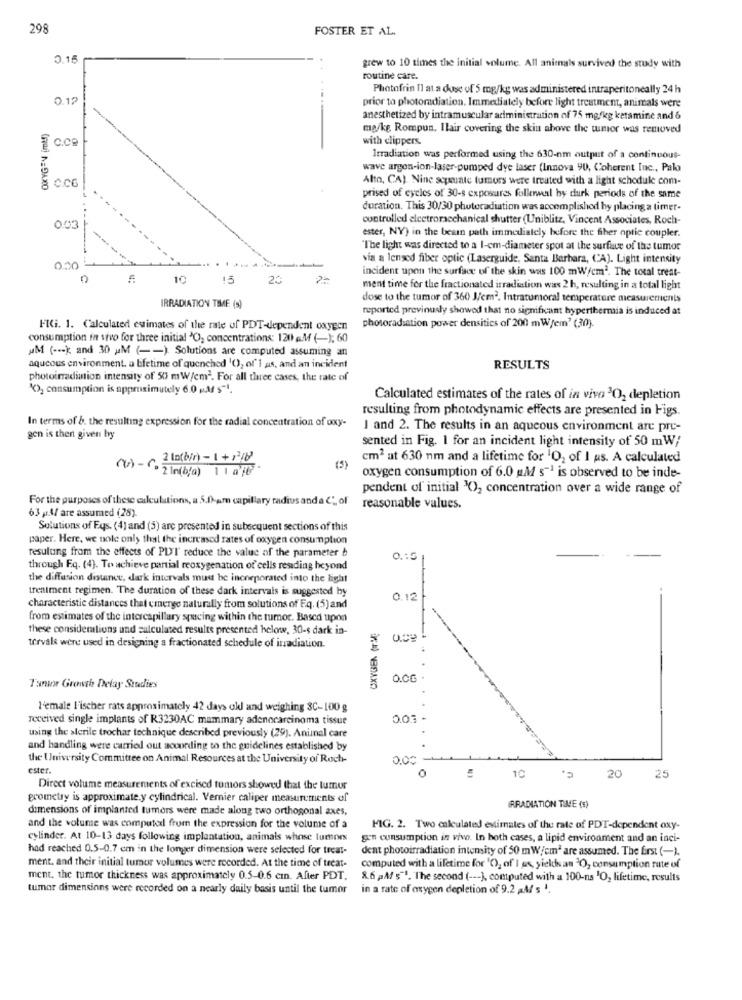
29
FOSTER ET AL.
0.15
grew to 10 times the initial volume. All animals survived the study with
routine care.
Photofrin Il at a dose of 5 mg/kg was administered intraperitoneally 24 h
0.12
prior to photoradiation. Immediately before light treatment, animals were
anesthetized by intramuscular administration of 75 mg/kg ketamine and &
mg/kg Rompun. Ilair covering the skin above the wmor was removed
with clippers.
Irradiation was performed using the 630-nm output of a continuous-
wave argon-ion-laser-pumped dye laser (Innova 90, Coherent Inc ., Palo
Alto, CA). Nine scpuate tumors were treated with a light schedule com-
(NO NEDAXO
prised of cycles of 30-s exposures follenweil by durk periods of the same
duration. This 30/30 photoradiation was accomplished by placing a timer-
controlled elcetromechanical shutter (Uniblitz, Vincent Associates, Roch-
0.03
ester, NY) in the beam path immediately before the fiber optic coupler.
"The light was directed to a I-em-diameter spot at the surface of the tumor
via a lensod fiber optic (Laserguide, Santa Barbara, CA). Light intensity
0.30
incident upon the surface of the skin was 100 mW/cm2. The total treat-
10
15
20
ment time for the fractionated irradiation was 2 h, resulting in a total light
IRRADIATION TIME (s)
dose to the tumor of 360 J/cm2. Intratumoral temperature measurements
reported previously showed that no significant hyperthermia is induced at
FUGi. 1. Calculated estimates of the rate of PDT-dependent oxygen
photoradiation power densities of 200 mW/em' (30).
consumption in stvo for three initial 'O, concentrations: 120 aM (-); 60
MM ( --- k and 30 M ( -- ) Solutions are computed assuming an
aqueous environment. a lifetime of quenched '0), of'I as, and an incident
RESULTS
photoirradiation intensity of 50 mW/cm2. For all three cases, the rate of
K), consumption is approximately 6.0 M $" !.
Calculated estimates of the rates of in vivo 3O2 depletion
resulting from photodynamic effects are presented in Figs.
In terms of b. the resulting expression for the radial concentration of oxy-
I and 2. The results in an aqueous environment are pre-
gen is then given by
sented in Fig. 1 for an incident light intensity of 50 mW;
nos-c. 2 10(b/n)-1+16
cm2 at 630 nm and a lifetime for 'O2 of I as. A calculated
· 2 In(b/a) 1 1 a /b
(5)
oxygen consumption of 6.0 gM s"1 is observed to be inde-
pendent of initial 3O), concentration over a wide range of
For the purposes of these calculations, a 5.0-am capillary radius and a C_ of
63 şıA/ are assumed (28)
reasonable values.
Solutions of Eqs. (4) and (5) are presented in subsequent sections of this
paper. Here, we nole only thel the increased rates of oxygen consumption
resulung from the effects of PDFI reduce the value of the parameter b
0.15
through Fq. (4). To achieve partial reoxygenation of cells residing beyond
the diffusion disuince, dark intervals must be incorporated into the light
treniment regimen. The duration of these dark intervals is suggested by
0.12
characteristic distances that emerge naturally from solutions of Eq. (5) and
from estimates of the intercapillary spacing within the tumor. Based upon
these consideralions and calculated results presented helow, 30-s dark in-
Oc9
-
tervalk were used in designing a fractionated schedule of irradiation.
0.0G
Tumor Growth Delay Studies
l'emale F'ischer rats approximately 42 days old and weighing 3C-100 g
received single implants of R3230AC mammary adenocarcinoma tissue
0.0.3 -
using the sterile trochar technique described previously (29). Animal care
and handling were carried out according to the guidelines established by
the University Committee on Animal Resources at the University of Roch-
0.00 -
C.
ester.
10
20
25
Direct volume measurements of excised tumors showed that the tumor
geometry is approximate.y cylindrical. Vernier caliper measurements of
IRRADIATION TIME (s)
dimensions of implanted tumors were made along two orthogonal axes,
and the volume was computexl from the expression for the volume of a
MIG. 2. Two calculated estimates of the rate of PDT-dependent oxy-
cylinder. At 10-13 days following implantation, animais whose tumor
gen consumption in vivo. In both cases, a lipid environment and an inci-
had reached 0.5-0.7 cm in the longer dimension were selected for treat-
dent photoirradiation intensity of 50 m W/cmª are assumed. The first (-).
ment, and their initial tumor volumes were recorded. At the time of treat-
computed with a lifetime for 'O), of I os, yields an 3O, consumption rate of
ment, the tumor thickness was approximately 0.5-0.6 cmn. After PDT.
8.6 p.M/ s"'. The second ( --- ], computed with a 100-ns 'O, lifetime, results
tumor dimensions were recorded on a nearly daily basis until the tumor
in a rate of oxygen depletion of 9.2 aM 5 1.